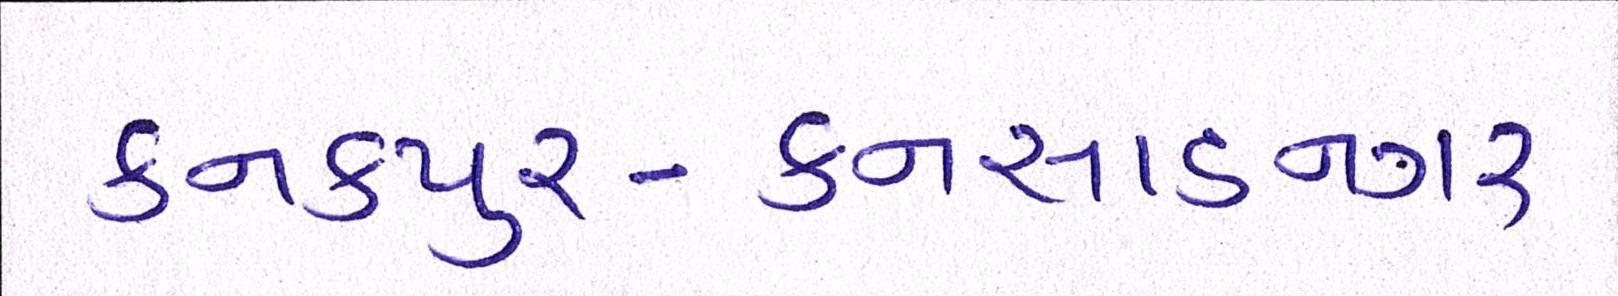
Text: કનકપુર-કનસાડનગર